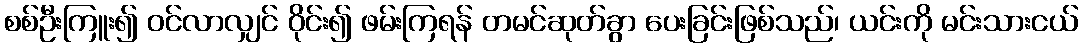
စစ်ဦးကြူး၍ ဝင်လာလျှင် ဝိုင်း၍ ဖမ်းကြရန် တမင်ဆုတ်ခွာ ပေးခြင်းဖြစ်သည်၊ ယင်းကို မင်းသားငယ်